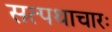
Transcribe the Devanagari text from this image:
सत्पथाचारः